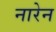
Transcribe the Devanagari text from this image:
नारेन